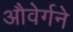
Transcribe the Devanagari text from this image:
औवेर्गने